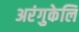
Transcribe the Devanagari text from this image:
अरंगुकेलि